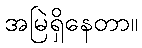
အမြဲရှိနေတာ။